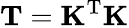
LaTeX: {\mathbf T}={\mathbf K}^{\mathrm{T}}{\mathbf K}